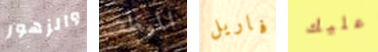
والزهور الموظف فاريل عليك